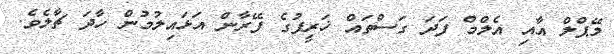
މޭޕްލް އާއި އެލްމް ފަދަ ގަސްތައް ޚަރީފުގެ ފޭރާން އަޅައިލުމުން ހާދަ ޗާލެވެ.